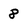
Character: 8